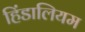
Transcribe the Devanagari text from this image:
हिंडालियम